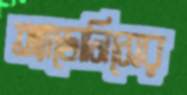
অ্যাডোনিসের